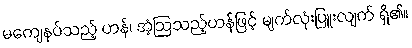
မကျေနပ်သည့် ဟန်၊ အံ့ဩသည့်ဟန်ဖြင့် မျက်လုံးပြူးလျက် ရှိ၏။